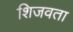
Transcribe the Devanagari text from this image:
शिजवता